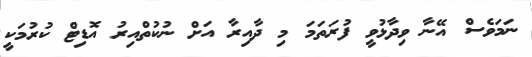
ނަަމަވެސް އޭނާ ވިދާޅުވީ ފުރަތަމަ މި ދާއިރާ އަަށް ނުކުތްއިރު އޮޑިޓް ކުރުމަކީ